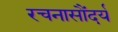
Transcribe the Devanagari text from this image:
रचनासौंदर्य